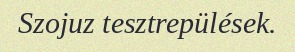
Szojuz tesztrepülések.